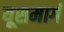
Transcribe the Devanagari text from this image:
यूसमार्ग